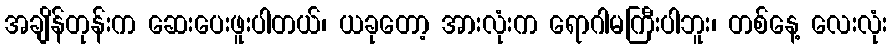
အချိန်တုန်းက ဆေးပေးဖူးပါတယ်၊ ယခုတော့ အားလုံးက ရောဂါမကြီးပါဘူး၊ တစ်နေ့ လေးလုံး